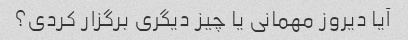
آیا دیروز مهمانی یا چیز دیگری برگزار کردی؟